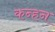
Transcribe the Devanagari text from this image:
कन्हन